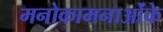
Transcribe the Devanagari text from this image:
मनोकामनाओंके